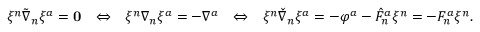
\begin{array} { r l r l r } { \xi ^ { n } \tilde { \nabla } _ { n } \xi ^ { a } = \mathbf { 0 } } & { \Leftrightarrow } & { \xi ^ { n } \nabla _ { n } \xi ^ { a } = - \nabla ^ { a } } & { \Leftrightarrow } & { \xi ^ { n } \check { \nabla } _ { n } \xi ^ { a } = - \varphi ^ { a } - \hat { F } ^ { a } _ { n } \xi ^ { n } = - F ^ { a } _ { n } \xi ^ { n } . } \end{array}